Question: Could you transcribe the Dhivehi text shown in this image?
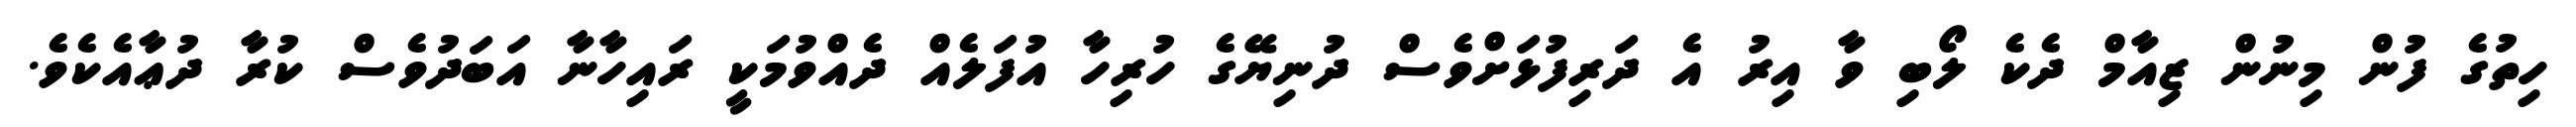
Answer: ހިތުގެ ފުން މިނުން ޒިއާމް ދެކެ ލޯބި ވާ އިރު އެ ދަރިފުޅަށްވެސް ދުނިޔޭގެ ހުރިހާ އުފަލެއް ދެއްވުމަކީ ރައިހާނާ އަބަދުވެސް ކުރާ ދުޢާއެކެވެ.